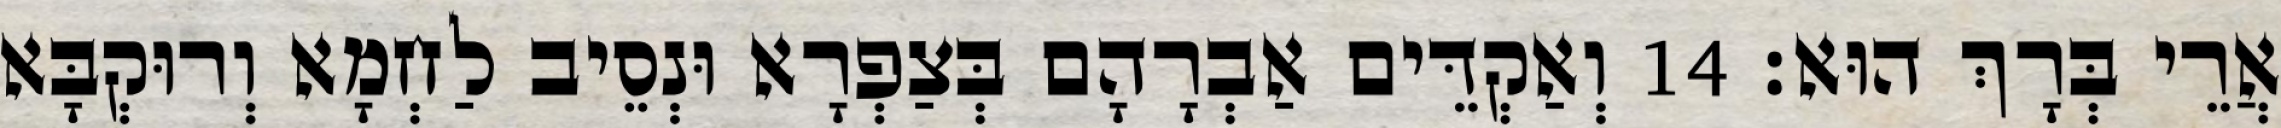
אֲרֵי בְּרָךְ הוּא׃ 14 וְאַקְדֵּים אַבְרָהָם בְּצַפְרָא וּנְסֵיב לַחְמָא וְרוּקְבָּא